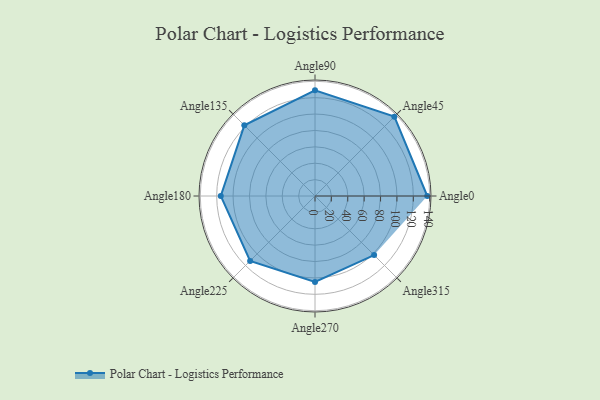
{"axis": {"x": "Angle", "y": "Radius"}, "legend": [""], "data": [{"x": "Angle0", "y": 137.0, "type": ""}, {"x": "Angle45", "y": 137.0, "type": ""}, {"x": "Angle90", "y": 129.0, "type": ""}, {"x": "Angle135", "y": 122.0, "type": ""}, {"x": "Angle180", "y": 115.0, "type": ""}, {"x": "Angle225", "y": 112.0, "type": ""}, {"x": "Angle270", "y": 105.0, "type": ""}, {"x": "Angle315", "y": 102.0, "type": ""}]}